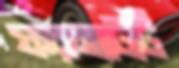
ফরম্যাটটি